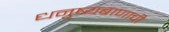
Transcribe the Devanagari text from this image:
धनुष्यबाणाची